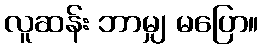
လူဆန်း ဘာမျှ မပြော။